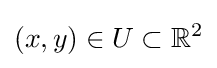
(x,y)\in U\subset \mathbb {R} ^{2}